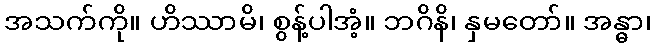
အသက်ကို။ ဟိဿာမိ၊ စွန့်ပါအံ့။ ဘဂိနိ၊ နှမတော်။ အန္ဓာ၊